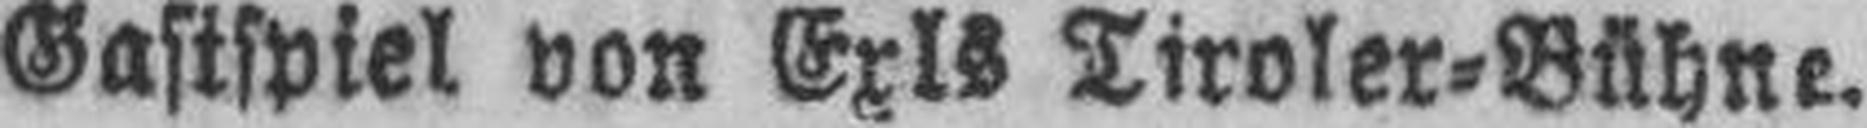
Gastspiel von Exls Tiroler=Bühne.